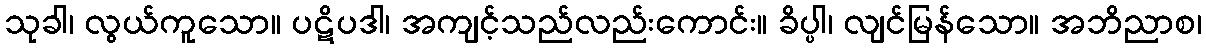
သုခါ၊ လွယ်ကူသော။ ပဋိပဒါ၊ အကျင့်သည်လည်းကောင်း။ ခိပ္ပါ၊ လျင်မြန်သော။ အဘိညာစ၊